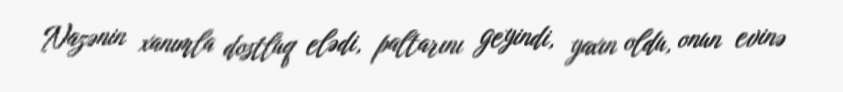
Nazənin xanımla dostluq elədi, paltarını geyindi, yaxın oldu, onun evinə